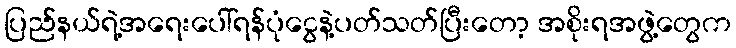
ပြည်နယ်ရဲ့အရေးပေါ်ရန်ပုံငွေနဲ့ပတ်သတ်ပြီးတော့ အစိုးရအဖွဲ့တွေက